Juri_Uluots, lk 54
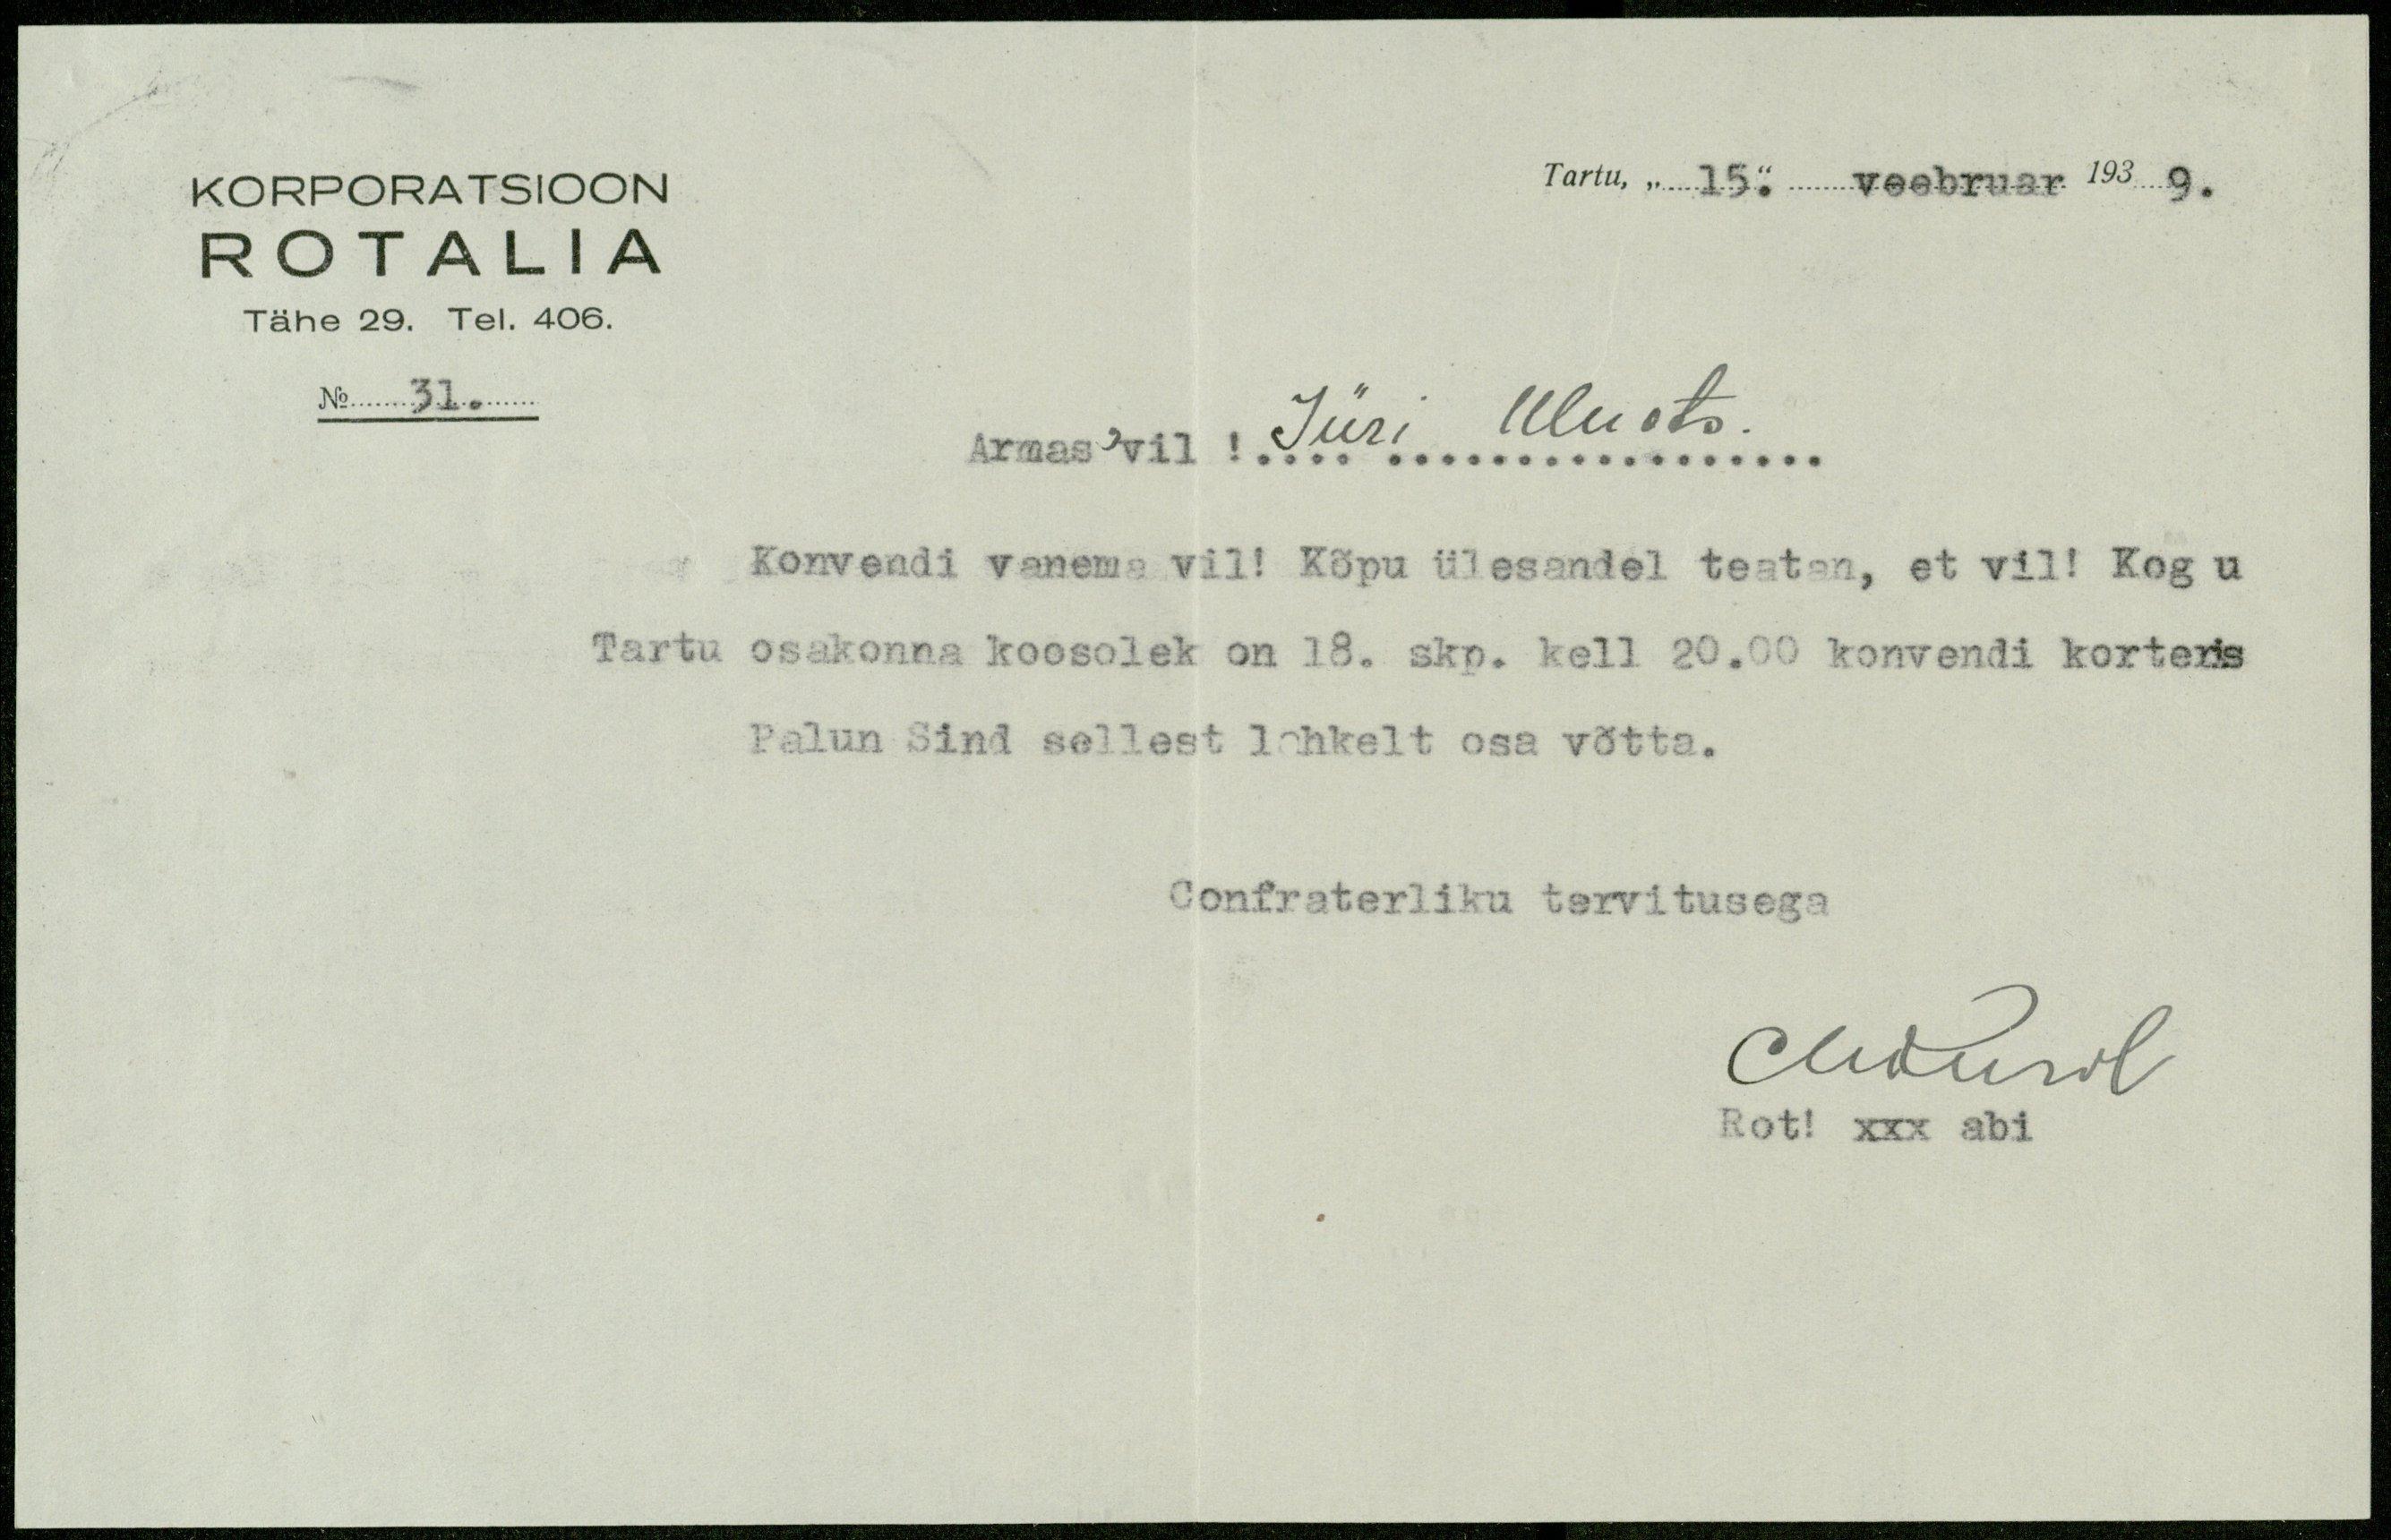
KORPORATSIOON
Tartu, "15." veebruar 193 9.
ROTALIA
Tähe 29. Tel. 406.
No 31.
Armas'vil ! Jüri Uluots.
Konvendi vanema vil! Kõpu ülesandel teatan, et vil! Kog u
Tartu osakonna koosolek on 18. skp. kell 20.00 konvendi korteris
Palun Sind sellest lahkelt osa võtta.
Confraterliku tervitusega
Сличоль
Rot! xxx abi